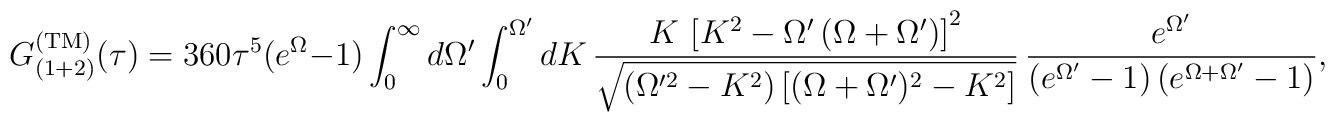
G^{\rm (TM)}_{(1+2)}(\tau)= 360\tau^5(e^{\Omega}-1)\int_0^{\infty}d\Omega' \int_0^{\Omega'} dK\,\frac{K\,\left[K^2-\Omega'\left(\Omega+\Omega'\right)\right]^2} {\sqrt{(\Omega'^2-K^2)\left[(\Omega+\Omega')^2-K^2\right]}}\,\frac{e^{\Omega'}}{\left(e^{\Omega'}-1\right)\left(e^{\Omega+\Omega'}-1\right)},